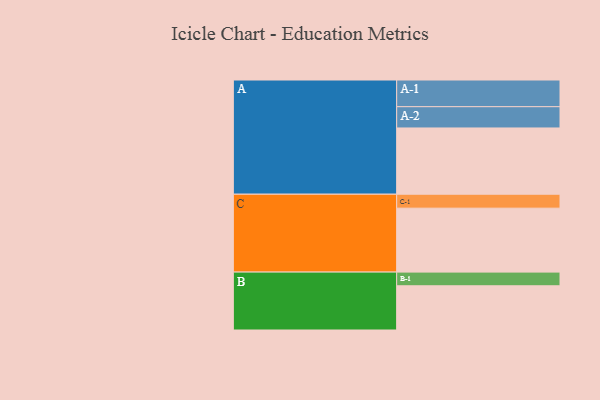
{"axis": {"x": "Segment", "y": "Value"}, "legend": ["", "A", "B", "C"], "data": [{"x": "A", "y": 514, "type": ""}, {"x": "B", "y": 343, "type": ""}, {"x": "C", "y": 496, "type": ""}, {"x": "A-1", "y": 207, "type": "A"}, {"x": "A-2", "y": 165, "type": "A"}, {"x": "B-1", "y": 106, "type": "B"}, {"x": "C-1", "y": 108, "type": "C"}]}